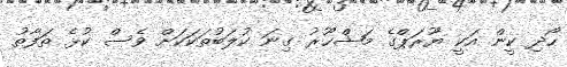
ހޯދި ކީން އަކީ ޔޫރަޕްގެ މަޝްޙޫރު ގިނަ ކުލަބުތަކަކަށް ވެސް ކުޅެ ތަފާތު